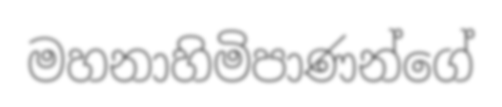
මහනාහිමිපාණන්ගේ